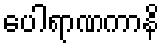
ပေါရာဏကာနိ